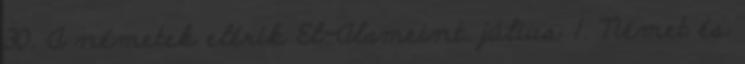
30. A németek elérik El-Alameint. július 1. Német és